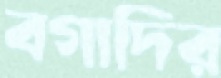
বগাদির